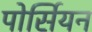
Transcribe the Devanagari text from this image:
पोर्सियन